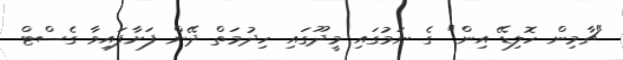
"ޗާމިން ހޮލިޑޭ އިން" ގެ ނަމުގައި މީދޫގައި ހިދުމަތް ދޭން ފަށާފައިވާ ގެސްޓް